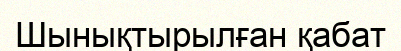
Шынықтырылған қабат